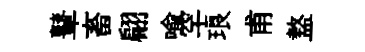
鼙畜翩喻罕琅甫盩